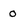
Character: 0